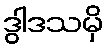
ဒွါဒသမှိ